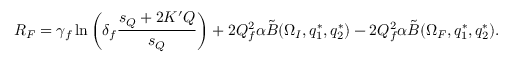
R _ { F } = \gamma _ { f } \ln \left( \delta _ { f } { \frac { s _ { Q } + 2 K ^ { \prime } Q } { s _ { Q } } } \right) + 2 Q _ { f } ^ { 2 } \alpha \tilde { B } ( \Omega _ { I } , q _ { 1 } ^ { * } , q _ { 2 } ^ { * } ) - 2 Q _ { f } ^ { 2 } \alpha \tilde { B } ( \Omega _ { F } , q _ { 1 } ^ { * } , q _ { 2 } ^ { * } ) .